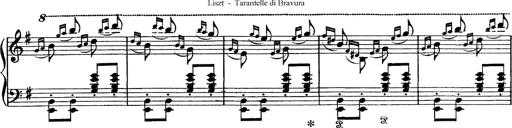
Title: Tarantelle di bravura dâ€™aprÃ¨s la tarantelle de La muette de Portici
Composer: Franz Liszt